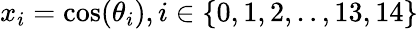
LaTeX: x_{i}=\cos(\theta_{i}),i\in\{ 0,1,2,..,13,14\}